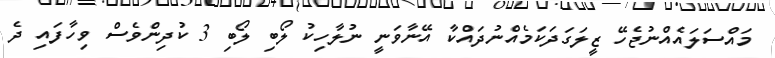
މައްސަލައެއްނުޖެހޭ ޒީލަގަދަކަމެއްނުދައްކާ އޭނާވަނީ ނުލާހިކު ލޯބި ލޯބި 3 ކުދިންވެސް ވިހާފައި ދެ